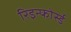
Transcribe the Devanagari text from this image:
रिइन्फोर्स्ड